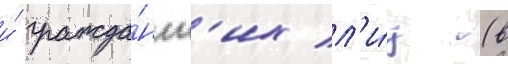
и́ гражда́нск'их л'и́ц (в